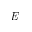
\it E